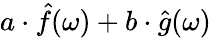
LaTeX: a\cdot{\hat{f}}(\omega)+b\cdot{\hat{g}}(\omega)